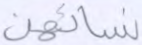
نسائهن